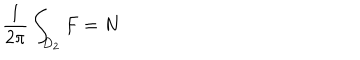
\frac { 1 } { 2 \pi } \int _ { D _ { 2 } } F = N